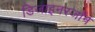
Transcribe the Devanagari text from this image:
डिजाइनरजॉन